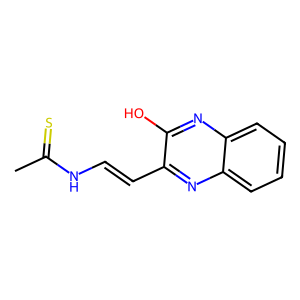
SMILES: CC(=S)NC=Cc1nc2ccccc2nc1O
Inhibits HIV replication: No